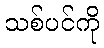
သစ်ပင်ကို